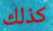
كذلك